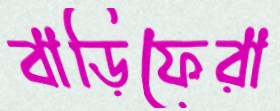
বাড়িফেরা